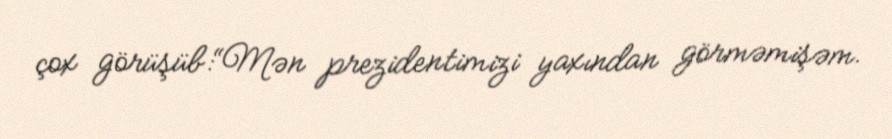
çox görüşüb:“Mən prezidentimizi yaxından görməmişəm.